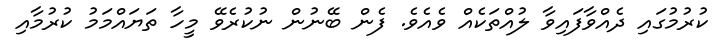
ކުރުމުގައި ދެއްވާފައިވާ ލުއްތަކެއް ވެއެވެ. ފެން ބޭނުން ނުކުރެވޭ މީހާ ތަޔައްމަމު ކުރުމާއި